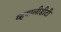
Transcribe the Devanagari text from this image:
व्हयालीडीटी